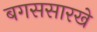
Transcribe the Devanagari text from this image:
बगससारखे